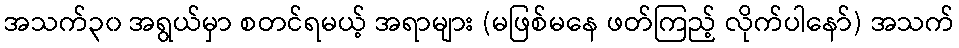
အသက်၃၀ အရွယ်မှာ စတင်ရမယ့် အရာများ (မဖြစ်မနေ ဖတ်ကြည့် လိုက်ပါနော်) အသက်